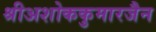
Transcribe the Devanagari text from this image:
श्रीअशोककुमारजैन